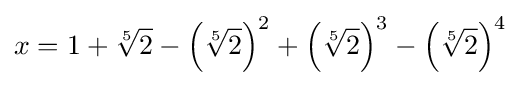
x=1+{\sqrt[{5}]{2}}-\left({\sqrt[{5}]{2}}\right)^{2}+\left({\sqrt[{5}]{2}}\right)^{3}-\left({\sqrt[{5}]{2}}\right)^{4}